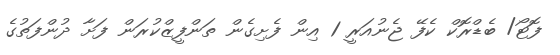
ފޮޓޯ/ ބެޑްރޮކް ކެފޭ ޖެނުއަރީ 1 އިން ފެށިގެން ތަންފީޒްކުރަން ފަށާ ދުންފަތުގެ